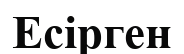
Есірген